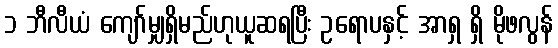
၁ ဘီလီယံ ကျော်မျှရှိမည်ဟုယူဆရပြီး ဥရောပနှင့် အာရှ ရှိ မိုဖလွန်